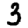
Digit: 3